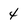
Character: 4